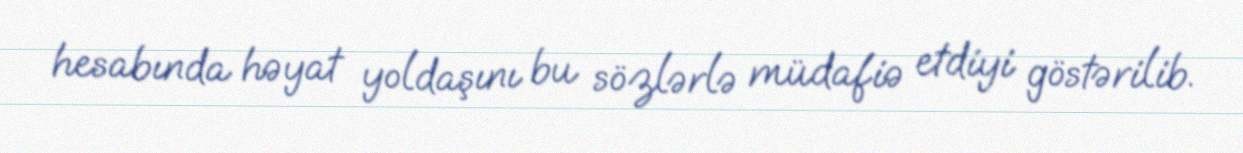
hesabında həyat yoldaşını bu sözlərlə müdafiə etdiyi göstərilib.